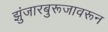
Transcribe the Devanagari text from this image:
झुंजारबुरूजावरून